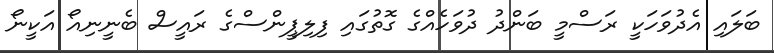
ބަލައި އެދުވަހަކީ ރަސްމީ ބަންދު ދުވަހެއްގެ ގޮތުގައި ފިލިޕީންސްގެ ރައީސް ބެނީނިއޯ އަކީނޯ